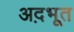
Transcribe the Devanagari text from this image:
अद़भूत